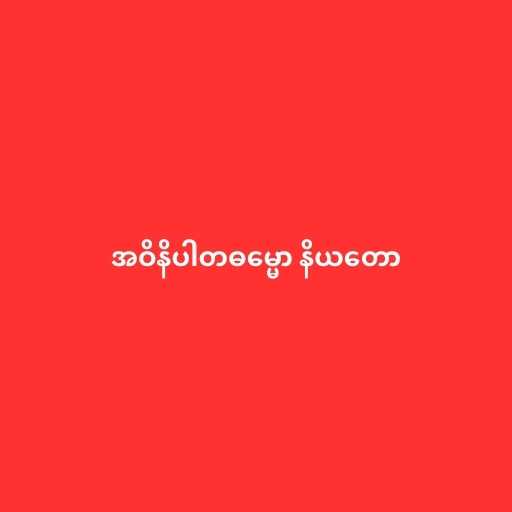
အဝိနိပါတဓမ္မော နိယတော